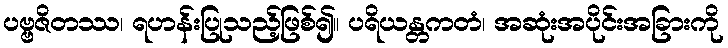
ပဗ္ဗဇိတဿ၊ ရဟန်းပြုသည့်ဖြစ်၍။ ပရိယန္တကတံ၊ အဆုံးအပိုင်းအခြားကို